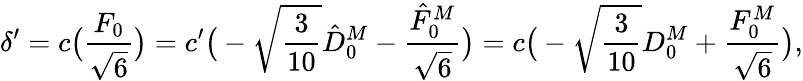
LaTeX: \delta^{\prime}=c\big(\frac{F_{0}}{\sqrt{6}}\big)=c^{\prime}\big(-\sqrt{\frac{3}{10}}\hat{D}_{0}^{M}-\frac{\hat{F}_{0}^{M}}{\sqrt{6}}\big)=c\big(-\sqrt{\frac{3}{10}}D_{0}^{M}+\frac{F_{0}^{M}}{\sqrt{6}}\big),